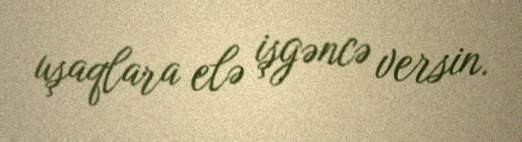
uşaqlara elə işgəncə versin.